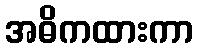
အဓိကထားကာ